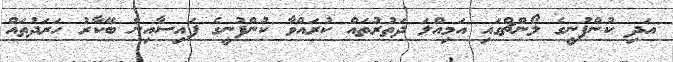
އަދި ކުންފުނީގެ ލޯންޗްގައި އަމިއްލަ ދަތުރުތައް ކުރައްވާ ކުންފުނީގެ ފައިސާއިން ބޭކާރު ހަރަދުތައް